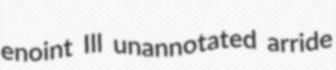
enoint Ill unannotated arride